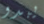
يبدو